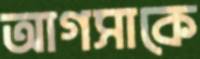
আগসাকে